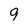
Character: 9